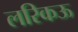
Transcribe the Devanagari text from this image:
लरिकऊ